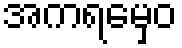
အကရမှေဝ